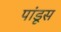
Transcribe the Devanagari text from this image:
पांडूस